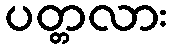
ပတ္တလား